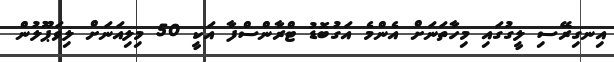
އިނގިރޭސި ލީީގުގައި މިހާތަނަށް އެންމެ އަގުބޮޑު ޓްރާންސްފާ އަކީ 50 މިލިއަނަށް ލިވަޕޫލުން